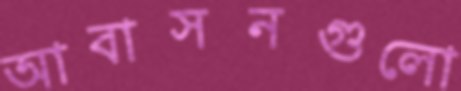
আবাসনগুলো